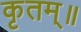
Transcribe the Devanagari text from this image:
कृतम्॥